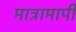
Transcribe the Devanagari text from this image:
मात्रामापी